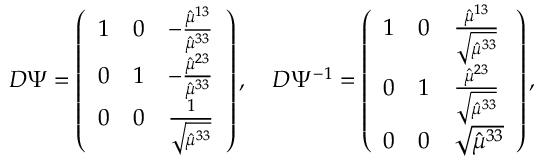
D \Psi = \left( \begin{array} { l l l } { 1 } & { 0 } & { - \frac { \hat { \mu } ^ { 1 3 } } { \hat { \mu } ^ { 3 3 } } } \\ { 0 } & { 1 } & { - \frac { \hat { \mu } ^ { 2 3 } } { \hat { \mu } ^ { 3 3 } } } \\ { 0 } & { 0 } & { \frac { 1 } { \sqrt { \hat { \mu } ^ { 3 3 } } } } \end{array} \right) , \quad D \Psi ^ { - 1 } = \left( \begin{array} { l l l } { 1 } & { 0 } & { \frac { \hat { \mu } ^ { 1 3 } } { \sqrt { \hat { \mu } ^ { 3 3 } } } } \\ { 0 } & { 1 } & { \frac { \hat { \mu } ^ { 2 3 } } { \sqrt { \hat { \mu } ^ { 3 3 } } } } \\ { 0 } & { 0 } & { { \sqrt { \hat { \mu } ^ { 3 3 } } } } \end{array} \right) ,